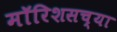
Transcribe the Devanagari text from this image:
मॉरिशसच्या